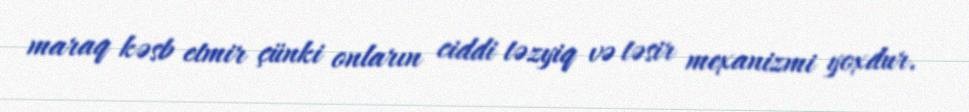
maraq kəsb etmir çünki onların ciddi təzyiq və təsir mexanizmi yoxdur.